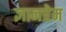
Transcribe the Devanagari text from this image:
ज्ञानप्रेम